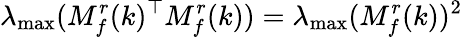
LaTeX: \lambda_{\operatorname*{max}}(M_{f}^{r}(k)^{\top}M_{f}^{r}(k))=\lambda_{\operatorname*{max}}(M_{f}^{r}(k))^{2}